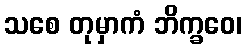
သစေ တုမှာကံ ဘိက္ခဝေ၊